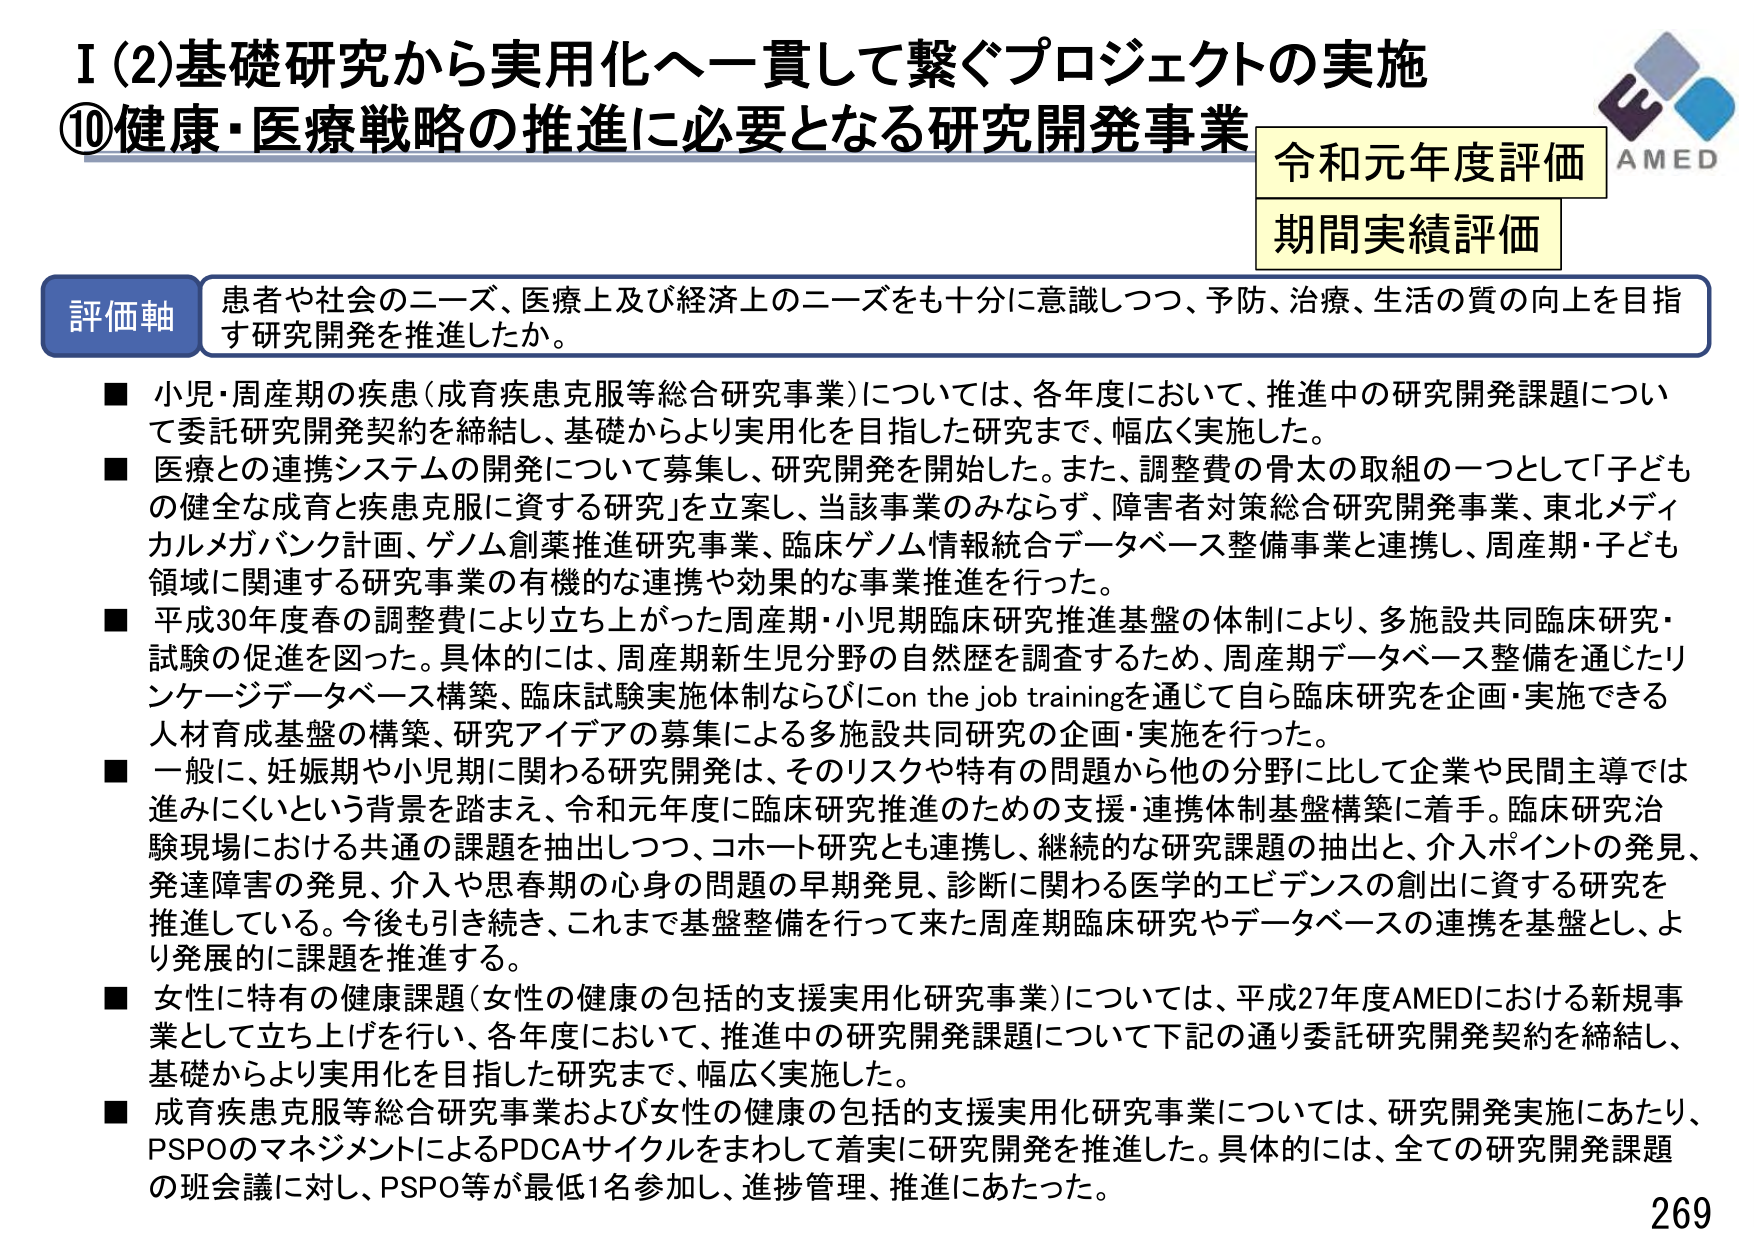
I (2) 基礎研究から実用化へ一貫して繋ぐプロジェクトの実施
⑩健康・医療戦略の推進に必要となる研究開発事業

令和元年度評価
期間実績評価

AMED

評価軸
患者や社会のニーズ、医療上及び経済上のニーズをも十分に意識しつつ、予防、治療、生活の質の向上を目指す研究開発を推進したか。

■ 小児・周産期の疾患（成育疾患克服等総合研究事業）については、各年度において、推進中の研究開発課題について委託研究開発契約を締結し、基礎からより実用化を目指した研究まで、幅広く実施した。

■ 医療との連携システムの開発について募集し、研究開発を開始した。また、調整費の骨太の取組の一つとして「子ども の健全な成育と疾患克服に資する研究」を立案し、当該事業のみならず、障害者対策総合研究開発事業、東北メディカルメガバンク計画、ゲノム創薬推進研究事業、臨床ゲノム情報統合データベース整備事業と連携し、周産期・子ども領域に関連する研究事業の有機的な連携や効果的な事業推進を行った。

■ 平成30年度春の調整費により立ち上がった周産期・小児期臨床研究推進基盤の体制により、多施設共同臨床研究・試験の促進を図った。具体的には、周産期新生児分野の自然歴を調査するため、周産期データベース整備を通じたリ ンケージデータベース構築、臨床試験実施体制ならびにon the job trainingを通じて自ら臨床研究を企画・実施できる人材育成基盤の構築、研究アイデアの募集による多施設共同研究の企画・実施を行った。

■ 一般に、妊娠期や小児期に関わる研究開発は、そのリスクや特有の問題から他の分野に比して企業や民間主導では進みにくいという背景を踏まえ、令和元年度に臨床研究推進のための支援・連携体制基盤構築に着手。臨床研究治験現場における共通の課題を抽出しつつ、コホート研究とも連携し、継続的な研究課題の抽出と、介入ポイントの発見、発達障害の発見、介入や思春期の心身の問題の早期発見、診断に関わる医学的エビデンスの創出に資する研究を推進している。今後も引き続き、これまで基盤整備を行って来た周産期臨床研究やデータベースの連携を基盤とし、より発展的に課題を推進する。

■ 女性に特有の健康課題（女性の健康の包括的支援実用化研究事業）については、平成27年度AMEDにおける新規事業として立ち上げを行い、各年度において、推進中の研究開発課題について下記の通り委託研究開発契約を締結し、基礎からより実用化を目指した研究まで、幅広く実施した。

■ 成育疾患克服等総合研究事業および女性の健康の包括的支援実用化研究事業については、研究開発実施にあたり、PSPOのマネジメントによるPDCAサイクルをまわして着実に研究開発を推進した。具体的には、全ての研究開発課題の班会議に対し、PSPO等が最低1名参加し、進捗管理、推進にあたった。

269